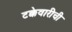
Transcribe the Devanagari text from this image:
टक्केवारीची